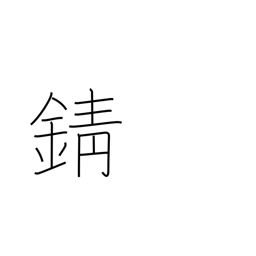
Meaning: tarnish